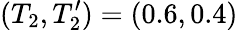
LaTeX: (T_{2},T_{2}^{\prime})=(0.6,0.4)